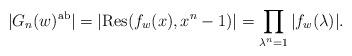
LaTeX: \begin{align*}|G_n(w)^\mathrm{ab}| = |\mathrm{Res}(f_w(x), x^n-1)| = \prod_{\lambda^n = 1} |f_w(\lambda)|.\end{align*}